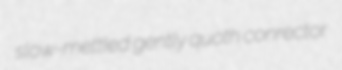
slow-mettled gently quoth conrector